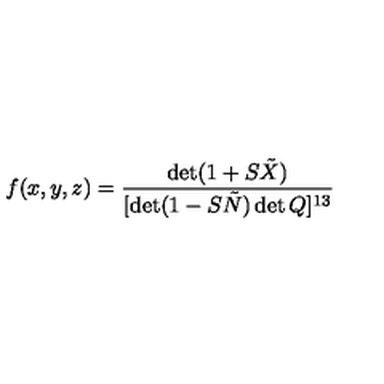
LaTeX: f ( x , y , z ) = \frac { \det ( 1 + S \tilde { X } ) } { [ \det ( 1 - S \tilde { N } ) \det Q ] ^ { 1 3 } }